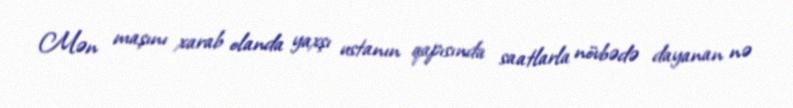
Mən maşını xarab olanda yaxşı ustanın qapısında saatlarla növbədə dayanan nə